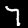
Label: 7